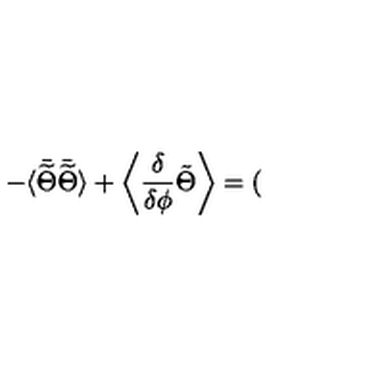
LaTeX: - \langle \bar { \widetilde { \Theta } } \bar { \widetilde { \Theta } } \rangle + \left\langle { \frac { \delta } { \delta \phi } } \tilde { \Theta } \right\rangle = (